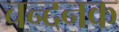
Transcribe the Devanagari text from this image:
चन्दनक